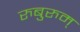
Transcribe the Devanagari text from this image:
रुबुरुम्